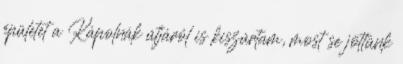
épületet a Kápolnák útjáról is kiszúrtam, most se jöttünk